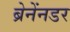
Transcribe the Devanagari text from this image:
ब्रेनेंनडर